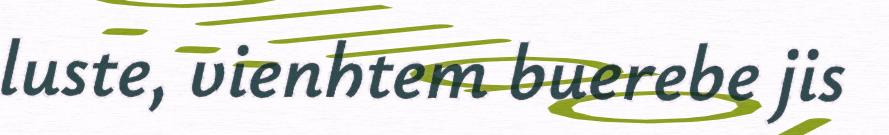
luste, vienhtem buerebe jis